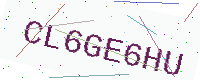
Text: CL6GE6HU